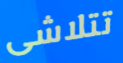
تتلاشى